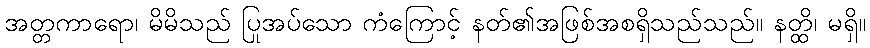
အတ္တကာရော၊ မိမိသည် ပြုအပ်သော ကံကြောင့် နတ်၏အဖြစ်အစရှိသည်သည်။ နတ္ထိ၊ မရှိ။